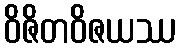
ဝိဇိတဝိဇယဿ